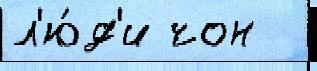
л'ю́д'и чон